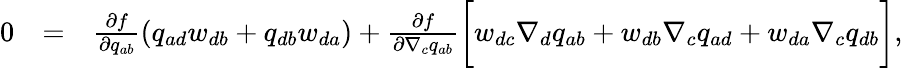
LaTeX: \begin{array}{rlr}{0}&{=}&{\frac{\partial f}{\partial q_{ab}}\left(q_{ad}w_{db}+q_{db}w_{da}\right)+\frac{\partial f}{\partial\nabla_{c}q_{ab}}\bigg[w_{dc}\nabla_{d}q_{ab}+w_{db}\nabla_{c}q_{ad}+w_{da}\nabla_{c}q_{db}\bigg],}\end{array}